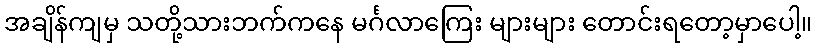
အချိန်ကျမှ သတို့သားဘက်ကနေ မင်္ဂလာကြေး များများ တောင်းရတော့မှာပေါ့။